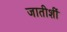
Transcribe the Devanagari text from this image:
जातीशीं